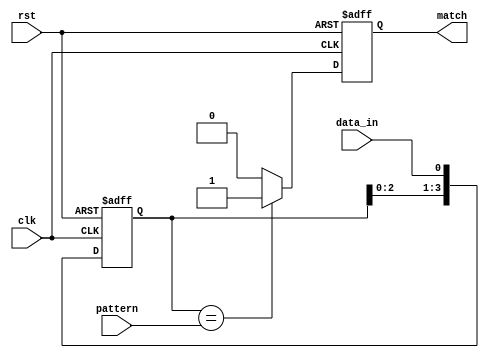
module pattern_detector #(
    parameter PATTERN_LENGTH = 4  // Length of the pattern to detect
)(
    input wire clk,                // Clock signal
    input wire rst,                // Reset signal
    input wire data_in,            // Input data stream
    input wire [PATTERN_LENGTH-1:0] pattern, // Pattern to detect
    output reg match               // Match output signal
);

    // Flip-flops to store the input data
    reg [PATTERN_LENGTH-1:0] shift_reg;

    // Sequential logic for detecting pattern
    always @(posedge clk or posedge rst) begin
        if (rst) begin
            shift_reg <= 0;          // Clear shift register on reset
            match <= 0;              // Clear match output on reset
        end else begin
            // Shift the input data into the shift register
            shift_reg <= {shift_reg[PATTERN_LENGTH-2:0], data_in};

            // Compare the shift register with the pattern
            if (shift_reg == pattern) begin
                match <= 1;          // Set match high if pattern is detected
            end else begin
                match <= 0;          // Clear match if pattern is not detected
            end
        end
    end

endmodule